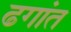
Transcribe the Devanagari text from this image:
ढगांत